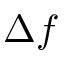
\Delta f